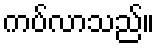
ကပ်လာသည်။